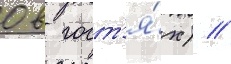
0 в гост'я́х) //